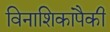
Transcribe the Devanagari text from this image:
विनाशिकांपैकी